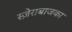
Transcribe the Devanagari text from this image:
स्ज़ेराबाजका